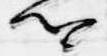
卿